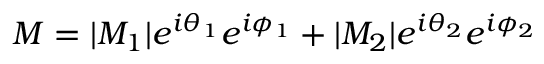
M = | M _ { 1 } | e ^ { i \theta _ { 1 } } e ^ { i \phi _ { 1 } } + | M _ { 2 } | e ^ { i \theta _ { 2 } } e ^ { i \phi _ { 2 } }